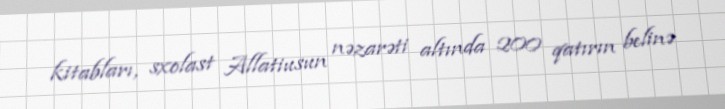
kitabları, sxolast Allatiusun nəzarəti altında 200 qatırın belinə